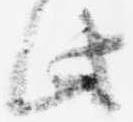
此